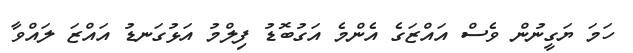
ހަމަ ޔަގީނުން ވެސް އައްޒަގެ އެންމެ އަގުބޮޑު ފިލްމު އަޅުގަނޑު އައްޒަ ލައްވާ